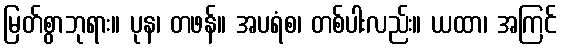
မြတ်စွာဘုရား။ ပုန၊ တဖန်။ အပရံစ၊ တစ်ပါးလည်း။ ယထာ၊ အကြင်